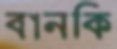
বানকি